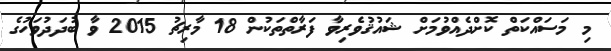
މި މަސައްކަތް ކޮށްދެއްވުމަށް ޝައުޤުވެރިވާ ފަރާތްތަކުން 18 މާރިޗު 2015 ވާ ބުދަދުވަހުގެ